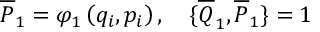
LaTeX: \overline { { { P } } } _ { 1 } = \varphi _ { 1 } \left( q _ { i } , p _ { i } \right) , \quad \{ \overline { { { Q } } } _ { 1 } , \overline { { { P } } } _ { 1 } \} = 1